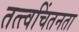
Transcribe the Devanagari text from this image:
तत्त्वचिंतनता